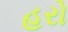
હરો